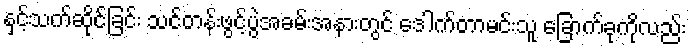
နှင့်သက်ဆိုင်ခြင်း သင်တန်းဖွင့်ပွဲအခမ်းအနားတွင် ဒေါက်တာမင်းသူ ခြောက်ခုကိုလည်း